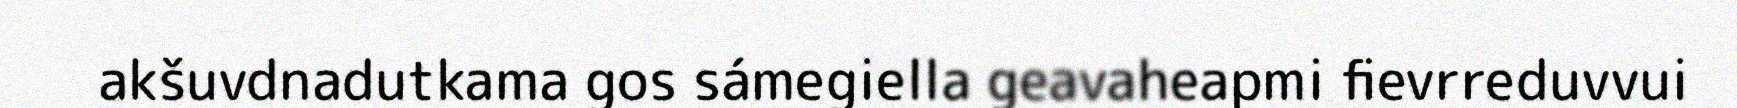
akšuvdnadutkama gos sámegiella geavaheapmi fievrreduvvui